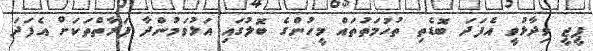
ޕީޖީ ވިދާޅުވީ އެފަދަ ބޮޑެތި ތުހުމަތުތައް މީހުންގެ ބޮލުގައި އަޅުވަމުންދާ ފަރާތްތަކަށް އެފަދަ